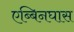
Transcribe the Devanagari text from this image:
एब्बिनघास